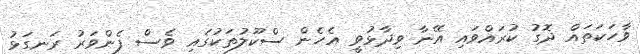
ވާހަކަތައް ދޮގު ކުރައްވައި އޭނާ ވިދާޅުވީ އެހެން ސްކޫލުތަކުގައި ވެސް ފެންވަރު ރަނގަޅު